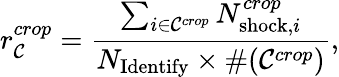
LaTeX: r_{\mathcal{C}}^{crop}=\frac{\sum_{i\in{\mathcal{C}}^{crop}}N_{{\mathrm{shock}},i}^{crop}}{N_{\mathrm{Identify}}\times\# ({\mathcal{C}}^{crop})},